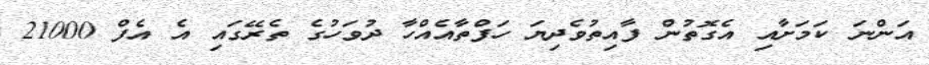
އަންނަ ކަމަށާއި އެގޮތުން ފާއިތުވެދިޔަ ހަފްތާއެއްހާ ދުވަހުގެ ތެރޭގައި އެ އެފް 21000